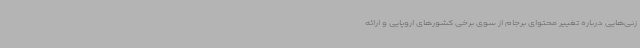
زنی‌هایی درباره تغییر محتوای برجام از سوی برخی کشورهای اروپایی و ارائه